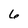
Character: 6